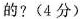
的?(4分)